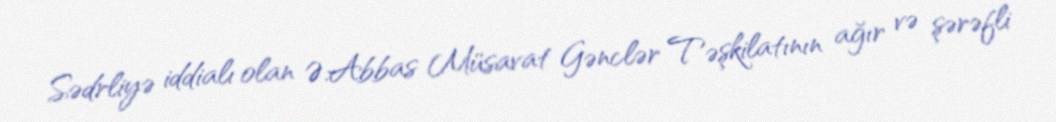
Sədrliyə iddialı olan Ə.Abbas Müsavat Gənclər Təşkilatının ağır və şərəfli